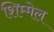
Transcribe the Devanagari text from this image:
शिम्मेल